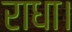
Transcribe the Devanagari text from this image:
राधा।